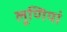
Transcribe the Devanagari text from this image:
लूणियां